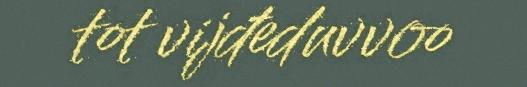
tot vijđeduvvoo